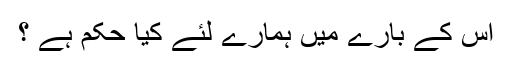
اس کے بارے میں ہمارے لئے کیا حکم ہے ؟